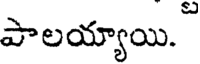
పాలయ్యాయి.